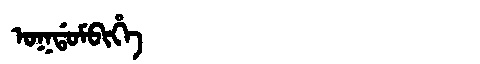
Manchu: ᠣᡴᡩᠣᠮᠪᡳᡥᡝ
Romanization: OKDOMBIHE